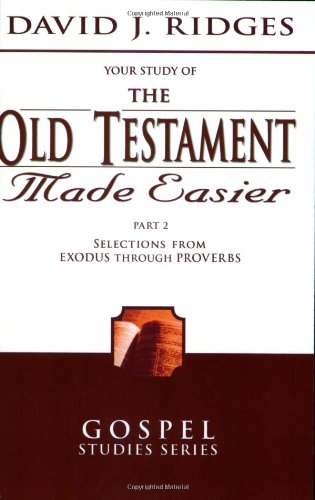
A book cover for The Old Testament Made Easier, Vol. 2 (Gospel Studies); David J. Ridges; Christian Books & Bibles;